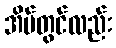
အိမ်တွင်လည်း